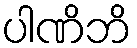
ပါဏိဘိ